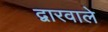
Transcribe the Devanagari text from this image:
द्वारवाले